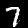
Digit: 7